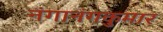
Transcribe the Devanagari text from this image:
नंगानंगकुमार